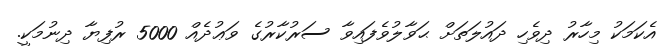
އެކަމަކު މިހާރު ދިވެހި ދައުލަތަށް ޙަވާލުވެފައިވާ ސަރުކާރުގެ ވަޢުދެއް 5000 ރުފިޔާ ދިނުމަކީ.